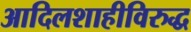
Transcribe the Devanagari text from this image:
आदिलशाहीविरुद्ध